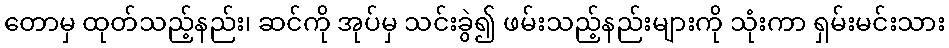
တောမှ ထုတ်သည့်နည်း၊ ဆင်ကို အုပ်မှ သင်းခွဲ၍ ဖမ်းသည့်နည်းများကို သုံးကာ ရှမ်းမင်းသား